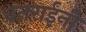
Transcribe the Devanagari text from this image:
वनराईंनी